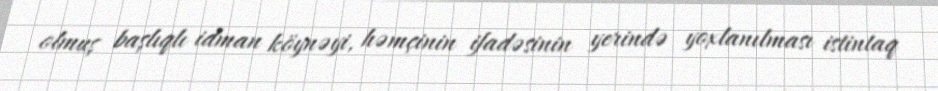
olmuş başlıqlı idman köynəyi, həmçinin ifadəsinin yerində yoxlanılması istintaq